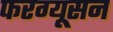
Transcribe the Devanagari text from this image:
फरग्यूसन